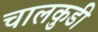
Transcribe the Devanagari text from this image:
चालकुडी